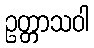
ဥတ္တာသဝါ